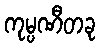
ကုမ္ပဏီတခု